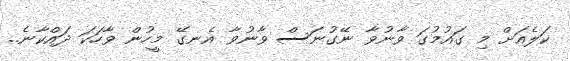
ކަލެއަށް މި ގައުމުގަ ވާނުވާ ނޭގުނަސް ވާނުވާ އެނގޭ މީހުން ވާހަކަ ދައްކާނެ..